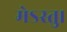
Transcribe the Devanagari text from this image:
मेऽस्तु।